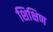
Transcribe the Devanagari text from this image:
शिक्षिण